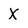
Character: X